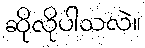
ဆိုလိုပါသလဲ။